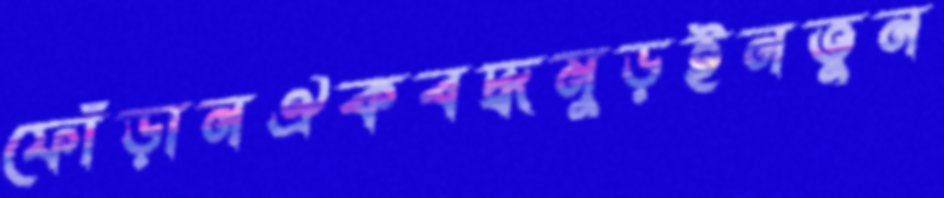
ফোঁড়ানঐকবদ্ধমুড়ইনতুন